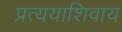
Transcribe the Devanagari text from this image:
प्रत्ययाशिवाय